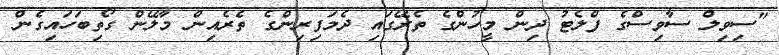
"ސިވިލް ސާވިސްގެ ފްލެޓު ދިން މީހުންގެ ތެރޭގައި ދެމަފިރިންގެ ތެރެއިން މާލޭން ގޯތިބަހައިގެން